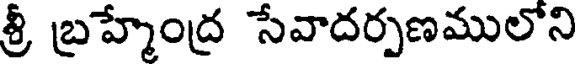
శ్రీ బ్రహ్మేంద్ర సేవాదర్పణములోని